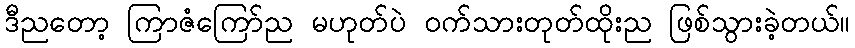
ဒီညတော့ ကြာဇံကြော်ည မဟုတ်ပဲ ဝက်သားတုတ်ထိုးည ဖြစ်သွားခဲ့တယ်။